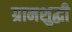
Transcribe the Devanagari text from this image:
ग्रामशुद्धी